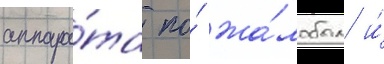
аппара́та по́ жа́лобам и́